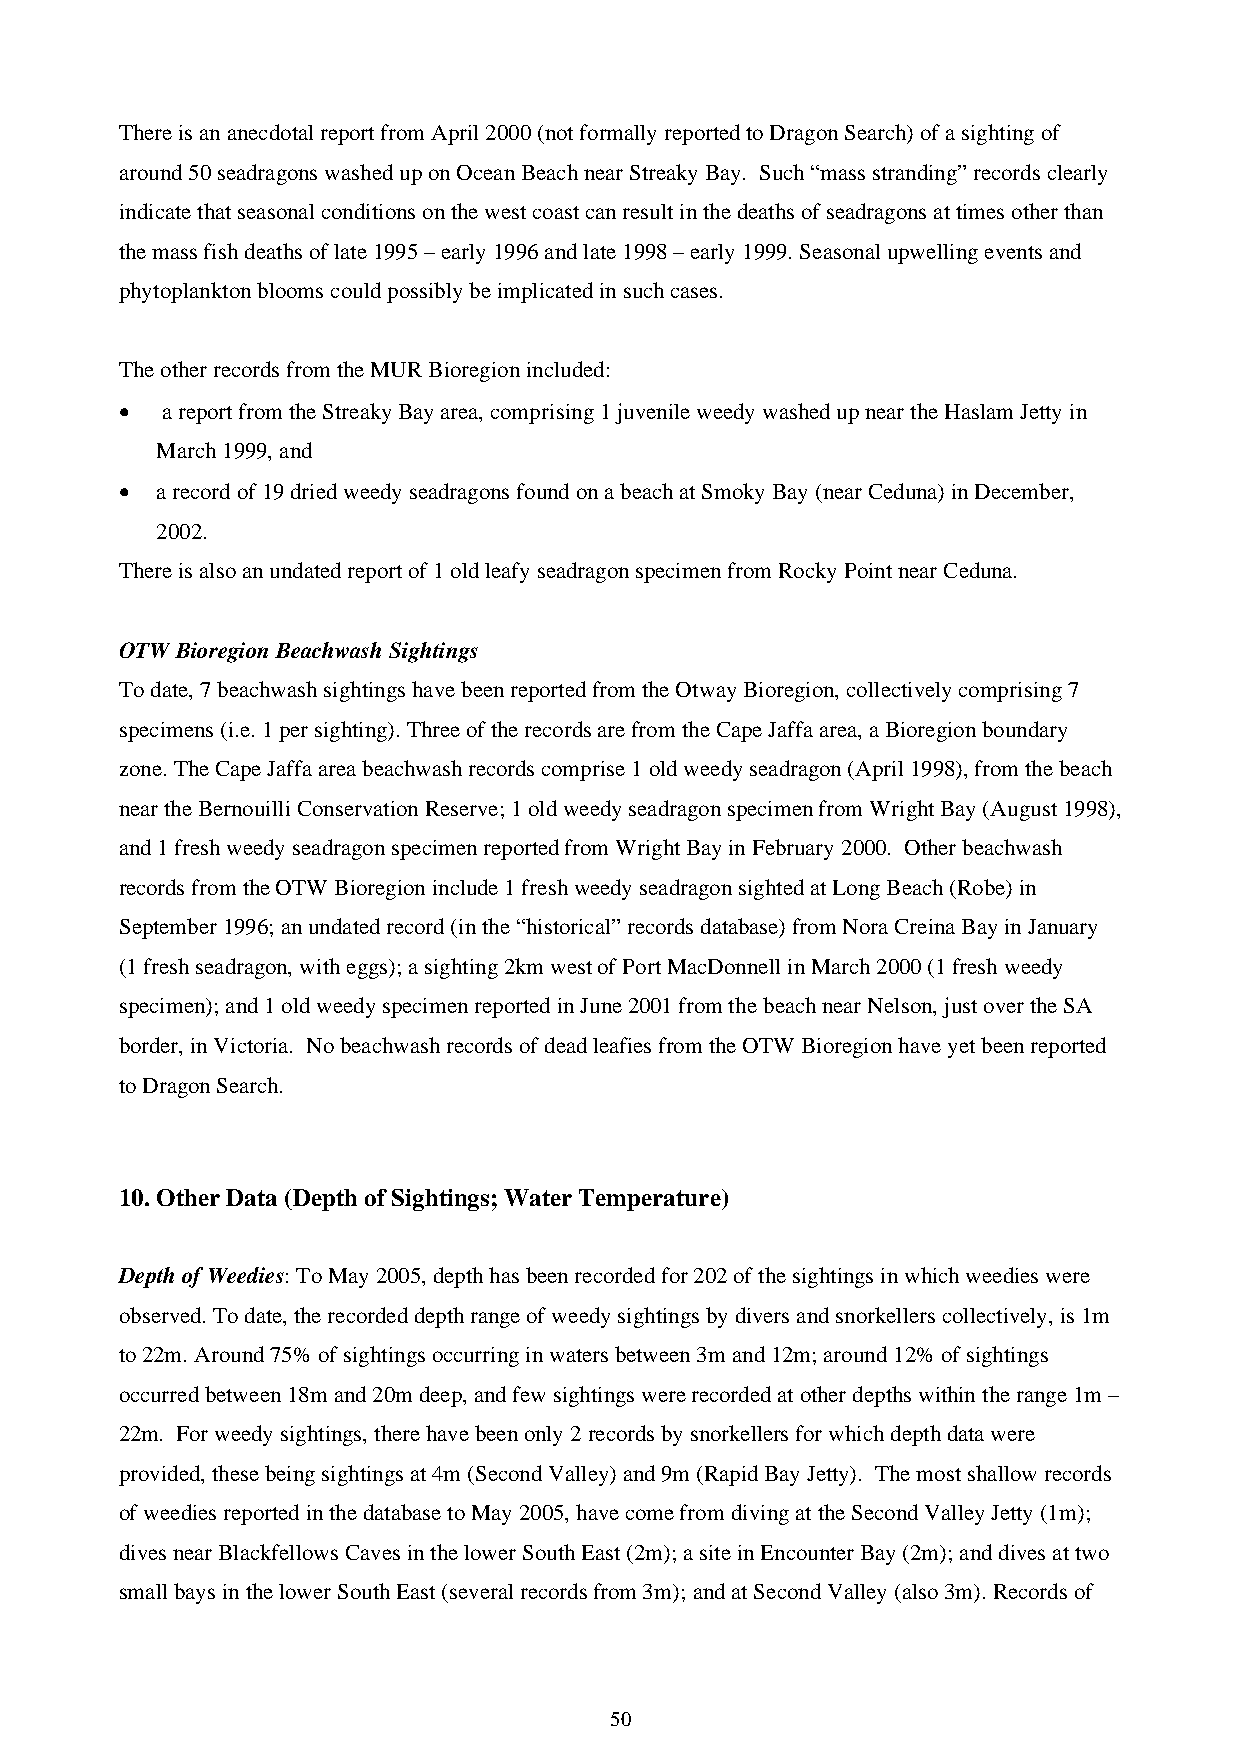
There is an anecdotal report from April 2000 (not formally reported to Dragon Search) of a sighting of
 around 50 seadragons washed up on Ocean Beach near Streaky Bay. Such “mass stranding” records clearly
 indicate that seasonal conditions on the west coast can result in the deaths of seadragons at times other than
 the mass fish deaths of late 1995 – early 1996 and late 1998 – early 1999. Seasonal upwelling events and
 phytoplankton blooms could possibly be implicated in such cases.
 The other records from the MUR Bioregion included:
 •  a report from the Streaky Bay area, comprising 1 juvenile weedy washed up near the Haslam Jetty in
 March 1999, and
 • a record of 19 dried weedy seadragons found on a beach at Smoky Bay (near Ceduna) in December,
 2002.
 There is also an undated report of 1 old leafy seadragon specimen from Rocky Point near Ceduna.
 OTW Bioregion Beachwash Sightings
 To date, 7 beachwash sightings have been reported from the Otway Bioregion, collectively comprising 7
 specimens (i.e. 1 per sighting). Three of the records are from the Cape Jaffa area, a Bioregion boundary
 zone. The Cape Jaffa area beachwash records comprise 1 old weedy seadragon (April 1998), from the beach
 near the Bernouilli Conservation Reserve; 1 old weedy seadragon specimen from Wright Bay (August 1998),
 and 1 fresh weedy seadragon specimen reported from Wright Bay in February 2000. Other beachwash
 records from the OTW Bioregion include 1 fresh weedy seadragon sighted at Long Beach (Robe) in
 September 1996; an undated record (in the “historical” records database) from Nora Creina Bay in January
 (1 fresh seadragon, with eggs); a sighting 2km west of Port MacDonnell in March 2000 (1 fresh weedy
 specimen); and 1 old weedy specimen reported in June 2001 from the beach near Nelson, just over the SA
 border, in Victoria. No beachwash records of dead leafies from the OTW Bioregion have yet been reported
 to Dragon Search.
 10. Other Data (Depth of Sightings; Water Temperature)
 Depth of Weedies: To May 2005, depth has been recorded for 202 of the sightings in which weedies were
 observed. To date, the recorded depth range of weedy sightings by divers and snorkellers collectively, is 1m
 to 22m. Around 75% of sightings occurring in waters between 3m and 12m; around 12% of sightings
 occurred between 18m and 20m deep, and few sightings were recorded at other depths within the range 1m –
 22m. For weedy sightings, there have been only 2 records by snorkellers for which depth data were
 provided, these being sightings at 4m (Second Valley) and 9m (Rapid Bay Jetty). The most shallow records
 of weedies reported in the database to May 2005, have come from diving at the Second Valley Jetty (1m);
 dives near Blackfellows Caves in the lower South East (2m); a site in Encounter Bay (2m); and dives at two
 small bays in the lower South East (several records from 3m); and at Second Valley (also 3m). Records of
 50